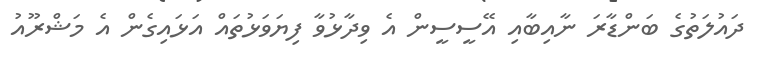
ދައުލަތުގެ ބަންޑާރަ ނާއިބާއި އޭސީސީން އެ ވިދާޅުވާ ފިޔަވަޅުތައް އަޅައިގެން އެ މަޝްރޫއު